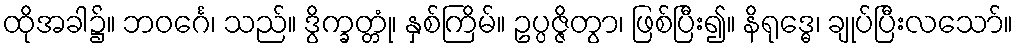
ထိုအခါ၌။ ဘဝင်္ဂေ၊ သည်။ ဒွိက္ခတ္တုံ၊ နှစ်ကြိမ်။ ဥပ္ပဇ္ဇိတွာ၊ ဖြစ်ပြီး၍။ နိရုဒ္ဓေ၊ ချုပ်ပြီးလသော်။